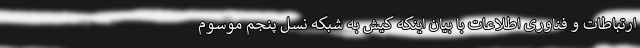
ارتباطات و فناوری اطلاعات با بیان اینکه کیش به شبکه نسل پنجم موسوم